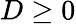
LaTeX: D\ge 0